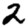
Digit: 2